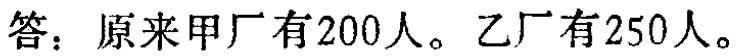
答：原来甲厂有200人。乙厂有250人。